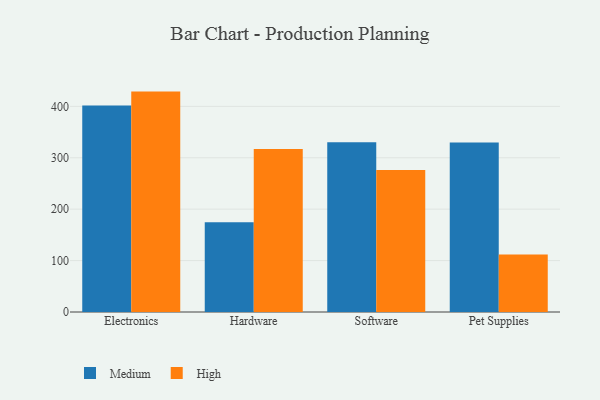
{"axis": {"x": "Category", "y": "Page Views"}, "legend": ["High", "Medium"], "data": [{"x": "Electronics", "y": 401.7, "type": "Medium"}, {"x": "Electronics", "y": 428.7, "type": "High"}, {"x": "Hardware", "y": 174.5, "type": "Medium"}, {"x": "Hardware", "y": 316.9, "type": "High"}, {"x": "Software", "y": 330.4, "type": "Medium"}, {"x": "Software", "y": 276.4, "type": "High"}, {"x": "Pet Supplies", "y": 329.6, "type": "Medium"}, {"x": "Pet Supplies", "y": 111.9, "type": "High"}]}